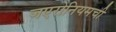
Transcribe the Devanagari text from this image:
जएरोनियमची